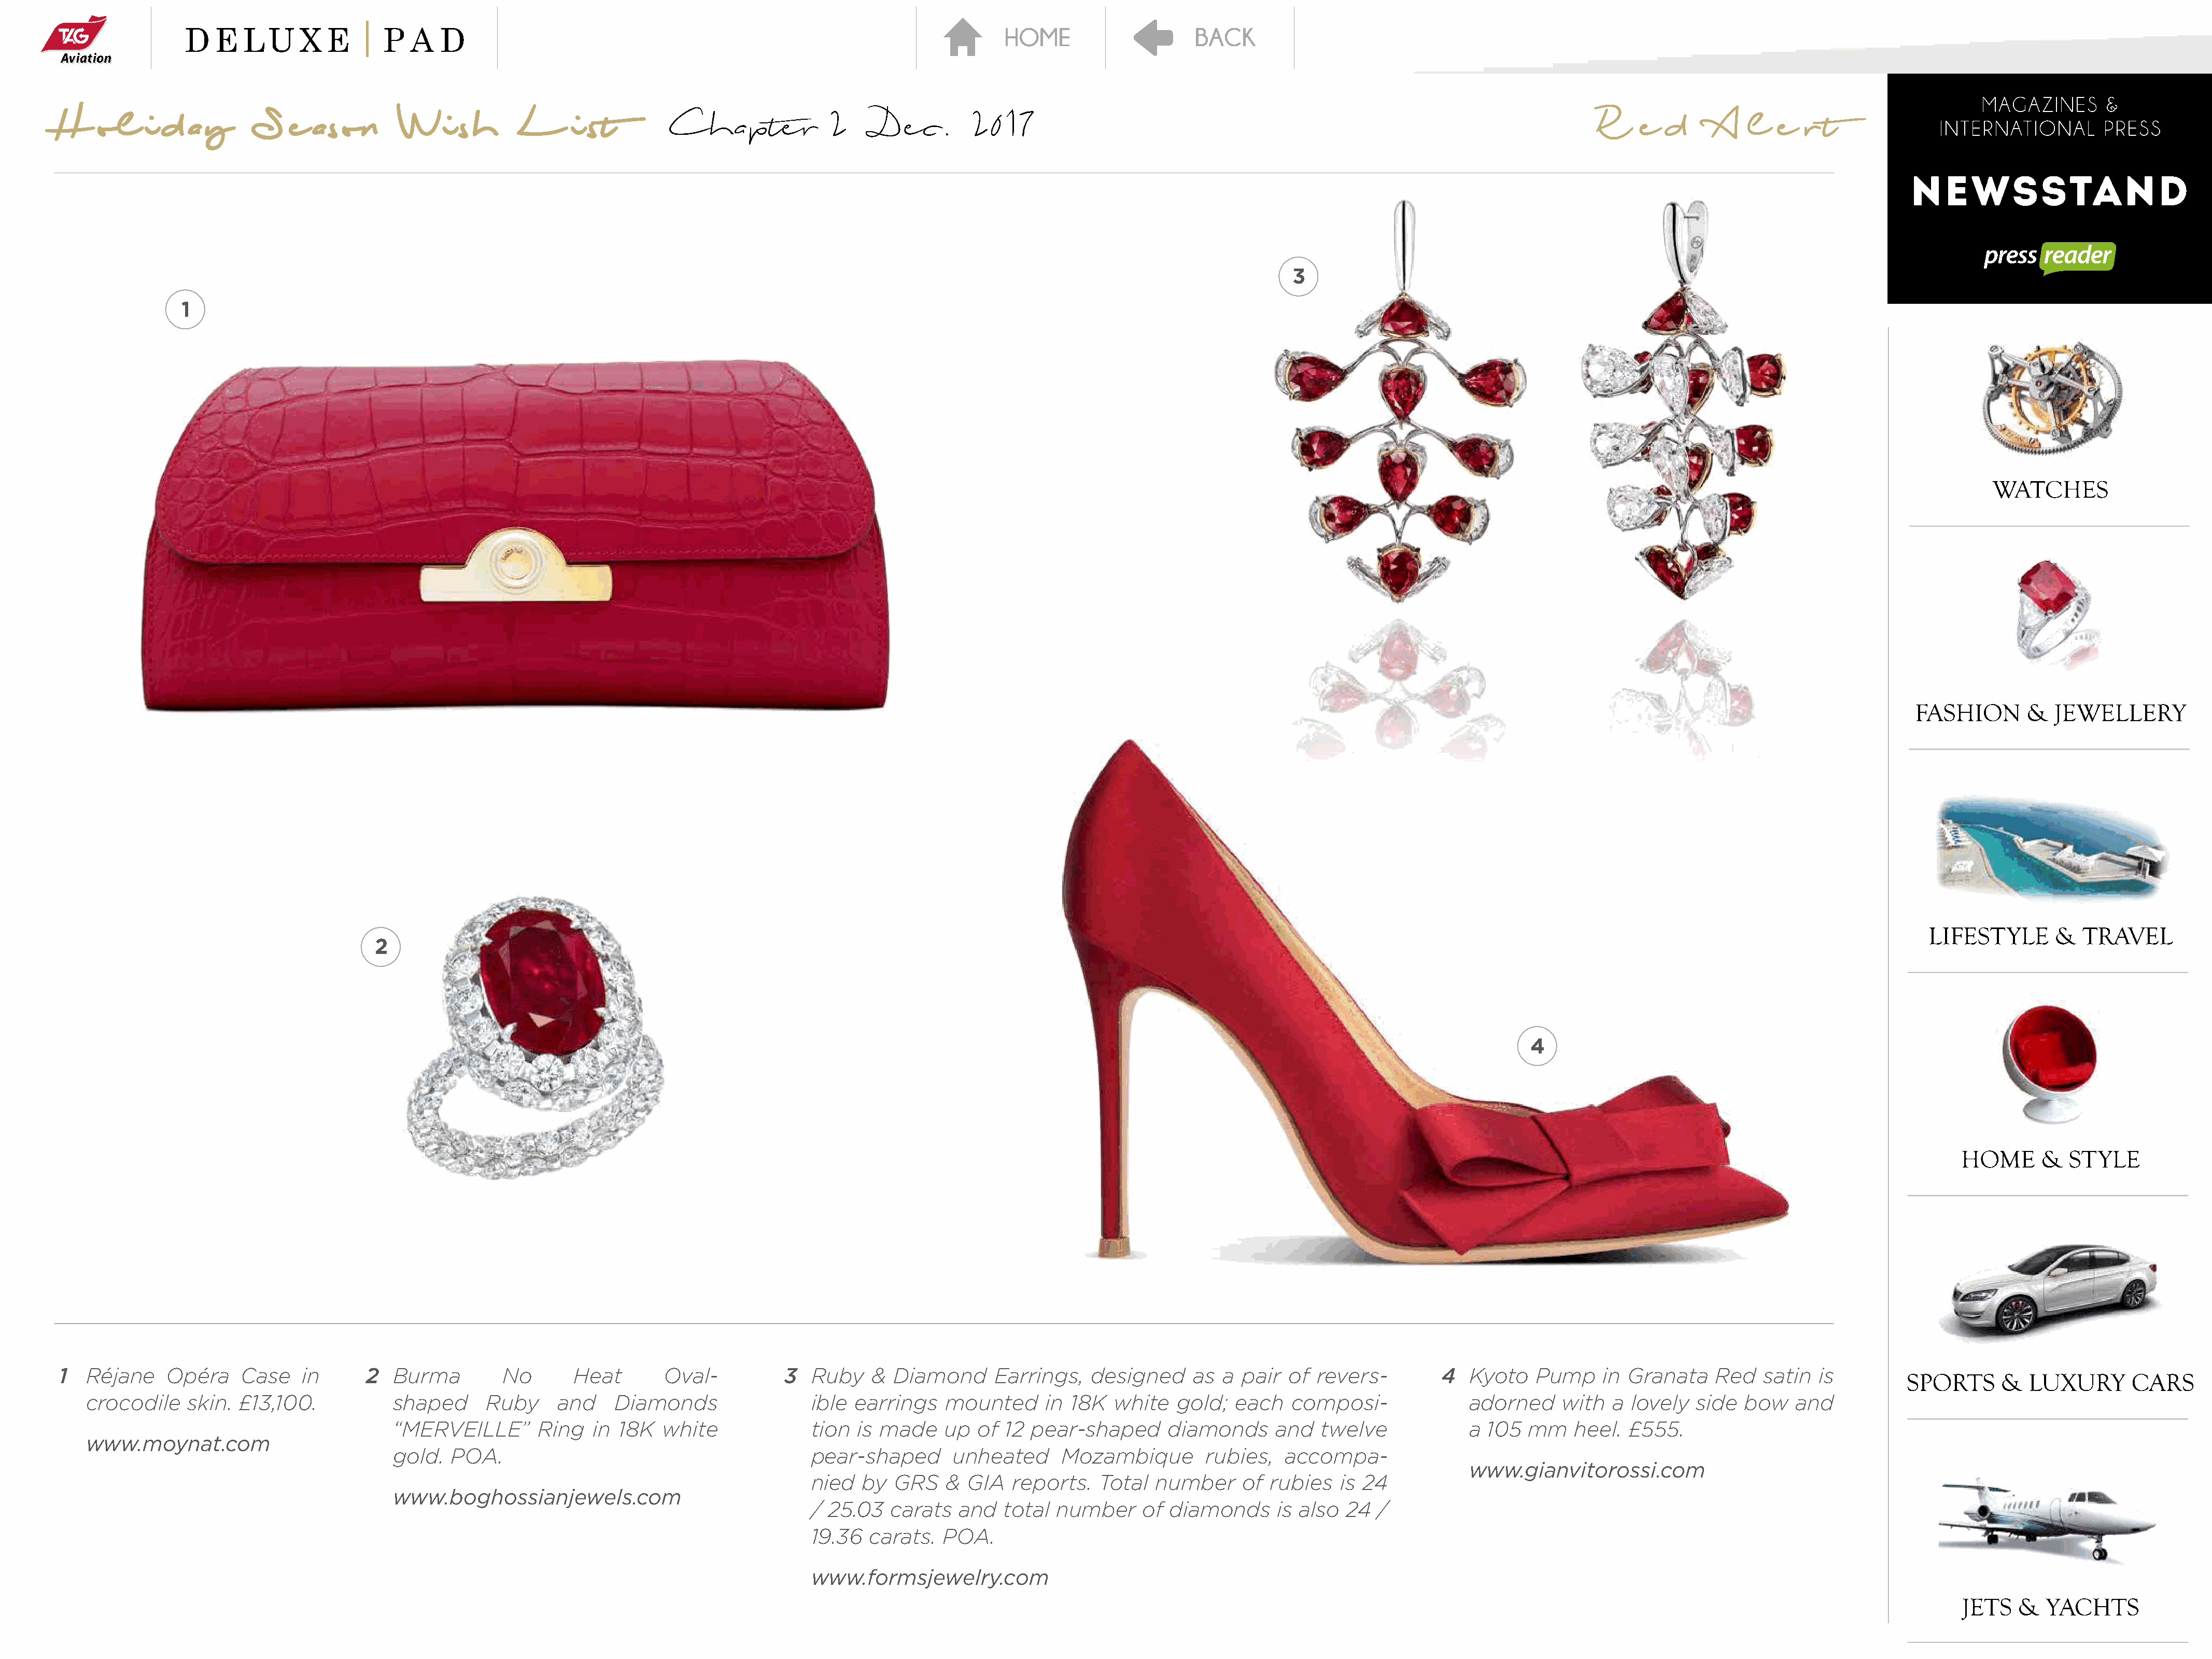
H    ol    i  d  a y     S    e  ason       Wi      sh     L      i st        Chapter              2     Dec.        2017                                                                            R    e   d     A   l   e  r  t
 3
 1
 2
 4
 1  Réjane    Opéra     Case    in      2  Burma         No       Heat        Oval-          3   Ruby   &  Diamond      Earrings,   designed     as  a  pair  of revers-         4   Kyoto   Pump     in Granata    Red   satin  is
 crocodile    skin. £13,100.            shaped      Ruby     and    Diamonds                  ible earrings    mounted      in 18K  white   gold;   each   composi-               adorned    with   a lovely   side  bow   and
 “MERVEILLE”        Ring   in 18K   white              tion  is made    up  of 12  pear-shaped      diamonds      and   twelve             a 105  mm    heel.  £555.
 www.moynat.com
 gold.   POA.                                          pear-shaped       unheated     Mozambique         rubies,   accompa-
 www.gianvitorossi.com
 nied  by  GRS    &  GIA  reports.   Total   number     of rubies   is 24
 www.boghossianjewels.com
 / 25.03   carats  and   total  number     of diamonds      is also  24  /
 19.36  carats.  POA.
 www.formsjewelry.com